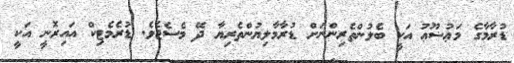
ޑުރާމާގެ މަޢުޟޫޢު އަކީ ބެލުންތެރިންނަށް ޑުރާމާލިޔުންތެރިޔާ ދޭ މެސެޖެވެ. ޑުރެމެޓިކް އައިރޮނީ އަކީ